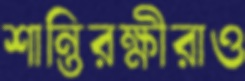
শান্তিরক্ষীরাও